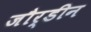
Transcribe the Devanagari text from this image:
जौर्डीन